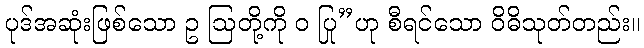
ပုဒ်အဆုံးဖြစ်သော ဥ ဩတို့ကို ဝ ပြု”ဟု စီရင်သော ဝိဓိသုတ်တည်း။